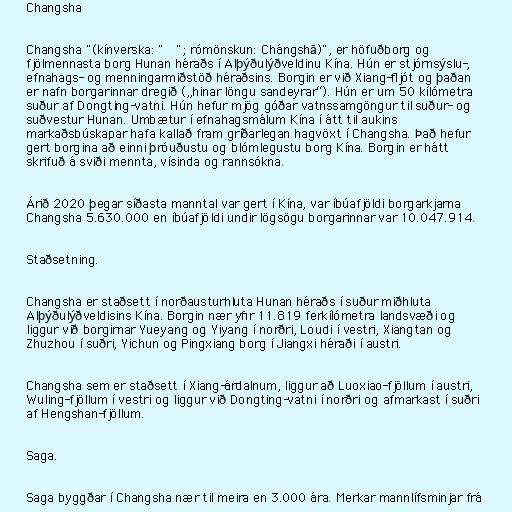
Changsha

Changsha "(kínverska: "长沙"; rómönskun: Chángshā)", er höfuðborg og
fjölmennasta borg Hunan héraðs í Alþýðulýðveldinu Kína. Hún er stjórnsýslu-,
efnahags- og menningarmiðstöð héraðsins. Borgin er við Xiang-fljót og þaðan
er nafn borgarinnar dregið („hinar löngu sandeyrar“). Hún er um 50 kílómetra
suður af Dongting-vatni. Hún hefur mjög góðar vatnssamgöngur til suður- og
suðvestur Hunan. Umbætur í efnahagsmálum Kína í átt til aukins
markaðsbúskapar hafa kallað fram gríðarlegan hagvöxt í Changsha. Það hefur
gert borgina að einni þróuðustu og blómlegustu borg Kína. Borgin er hátt
skrifuð á sviði mennta, vísinda og rannsókna.

Árið 2020 þegar síðasta manntal var gert í Kína, var íbúafjöldi borgarkjarna
Changsha 5.630.000 en íbúafjöldi undir lögsögu borgarinnar var 10.047.914.

Staðsetning.

Changsha er staðsett í norðausturhluta Hunan héraðs í suður miðhluta
Alþýðulýðveldisins Kína. Borgin nær yfir 11.819 ferkílómetra landsvæði og
liggur við borgirnar Yueyang og Yiyang í norðri, Loudi í vestri, Xiangtan og
Zhuzhou í suðri, Yichun og Pingxiang borg í Jiangxi héraði í austri.

Changsha sem er staðsett í Xiang-árdalnum, liggur að Luoxiao-fjöllum í austri,
Wuling-fjöllum í vestri og liggur við Dongting-vatni í norðri og afmarkast í suðri
af Hengshan-fjöllum.

Saga.

Saga byggðar í Changsha nær til meira en 3.000 ára. Merkar mannlífsminjar frá